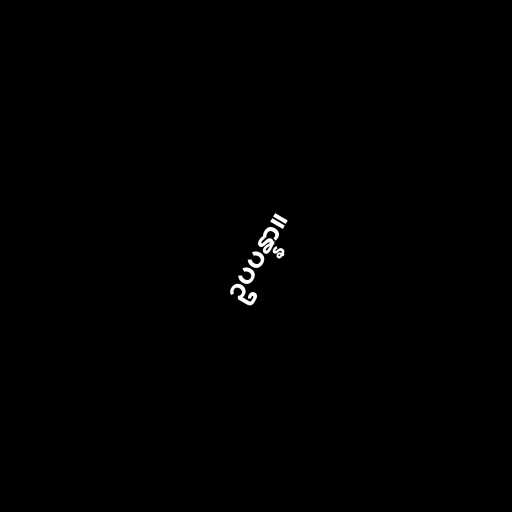
ဥပပန္နာ။